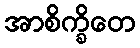
အာစိက္ခိတေ